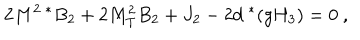
2 M ^ { 2 \; * } B _ { 2 } + 2 M _ { T } ^ { 2 } B _ { 2 } + J _ { 2 } - 2 d ^ { \; * } ( g H _ { 3 } ) = 0 \ ,